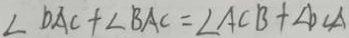
\angle D A C + \angle B A C = \angle A C B + \angle D C A